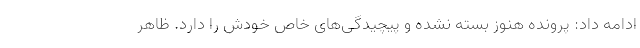
ادامه داد: پرونده هنوز بسته نشده و پیچیدگی‌های خاص خودش را دارد. ظاهر